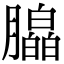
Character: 𬂗